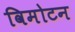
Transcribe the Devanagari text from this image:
विमोटन